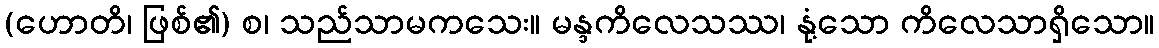
(ဟောတိ၊ ဖြစ်၏) စ၊ သည်သာမကသေး။ မန္ဒကိလေသဿ၊ နုံ့သော ကိလေသာရှိသော။